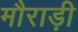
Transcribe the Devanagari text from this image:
मौराड़ी